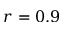
r = 0 . 9